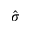
\hat { \sigma }